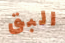
البق